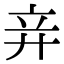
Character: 竎